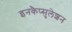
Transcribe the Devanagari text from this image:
इनकैप्सुलेशन